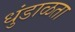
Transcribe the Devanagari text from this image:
धुंडाळता